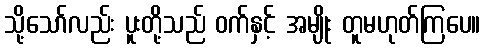
သို့သော်လည်း ပူးတို့သည် ဝက်နှင့် အမျိုး တူမဟုတ်ကြပေ။